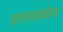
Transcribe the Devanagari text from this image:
हातगाड्यांवर